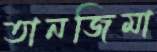
তানজিমা